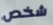
شخص